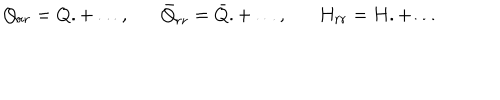
Q _ { r r } = Q . + \ldots , \bar { Q } _ { r r } = \bar { Q } . + \ldots , H _ { r r } = H . + \ldots